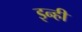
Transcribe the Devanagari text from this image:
इन्‍ही